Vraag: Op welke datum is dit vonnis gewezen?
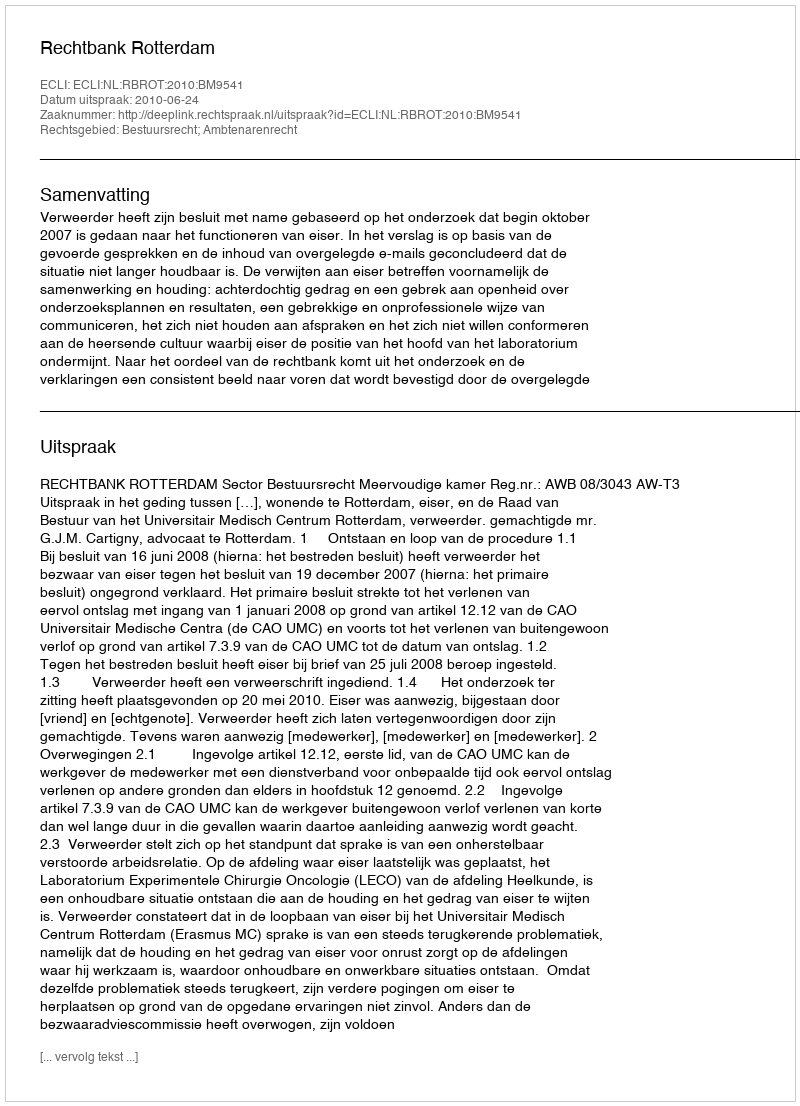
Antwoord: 2010-06-24